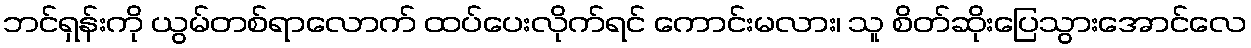
ဘင်ရှန်းကို ယွမ်တစ်ရာလောက် ထပ်ပေးလိုက်ရင် ကောင်းမလား၊ သူ စိတ်ဆိုးပြေသွားအောင်လေ